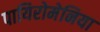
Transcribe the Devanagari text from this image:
पायिरोमेनिया